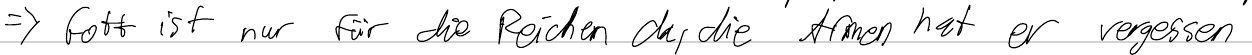
=> Gott ist nur für die Reichen da, die Armen hat er vergessen